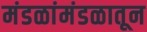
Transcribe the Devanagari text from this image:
मंडळांमंडळातून